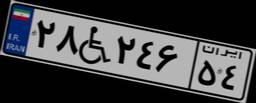
۲۸W۲۴۶۵۴